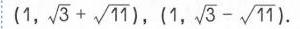
\((1,\sqrt{3}+\sqrt{11}),(1,\sqrt{3}-\sqrt{11})\)